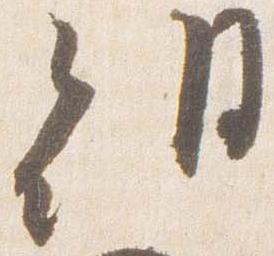
朝